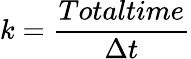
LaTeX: k=\frac{Totaltime}{\Delta t}